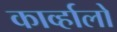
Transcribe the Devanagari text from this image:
काव्‍र्हालो